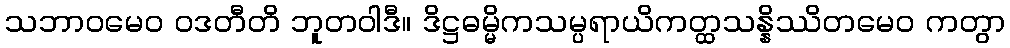
သဘာဝမေဝ ဝဒတီတိ ဘူတဝါဒီ။ ဒိဋ္ဌဓမ္မိကသမ္ပရာယိကတ္ထသန္နိဿိတမေဝ ကတွာ